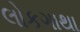
લોકગાથા